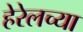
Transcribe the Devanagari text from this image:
हेरेलच्या